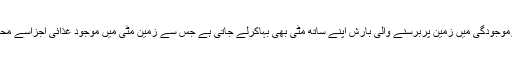
جنگلات کی غیرموجودگی میں زمین پربرسنے والی بارش اپنے ساتھ مٹی بھی بہاکرلے جاتی ہے جس سے زمین مٹی میں موجود غذائی اجزاسے محروم ہوجاتی ہے۔